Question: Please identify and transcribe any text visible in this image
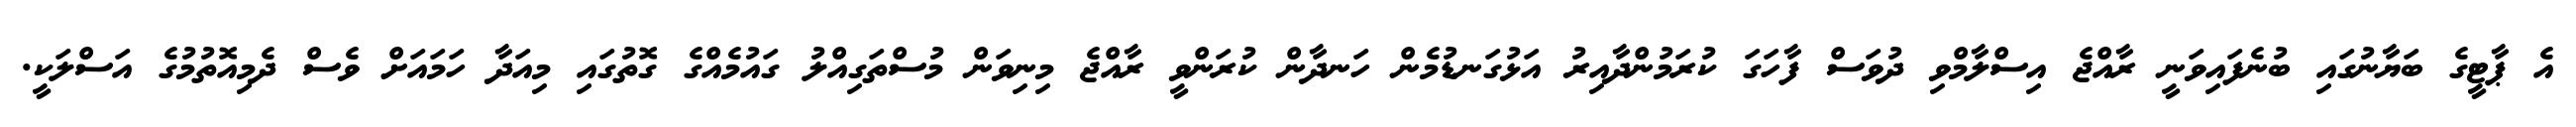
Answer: އެ ޕާޓީގެ ބަޔާނުގައި ބުނެފައިވަނީ ރާއްޖެ އިސްލާމްވި ދުވަސް ފާހަގަ ކުރަމުންދާއިރު އަޅުގަނޑުމެން ހަނދާން ކުރަންވީ ރާއްޖެ މިނިވަން މުސްތަގިއްލު ގައުމެއްގެ ގޮތުގައި މިއަދާ ހަމައަށް ވެސް ދެމިއޮތުމުގެ އަސްލަކީ.